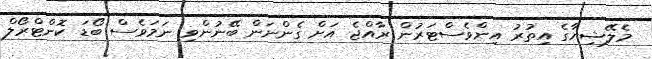
މެލޭޝިޔާގެ އިތުރު އިންވެސްޓަރުން ރާއްޖެ އަށް ގެންނަން ބޭނުންވި ނަމަވެސް ބޯޑަ ކޮންޓްރޯލް